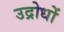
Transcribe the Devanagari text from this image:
उद्रोधों